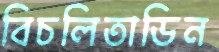
বিচলিতাডিন